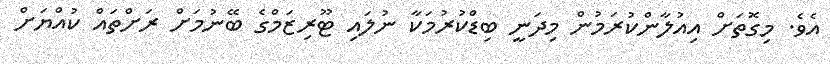
އެވެ. މިގޮތަށް އިއުލާންކުރަމުން މިދަނީ ބިޑްކުރުމަކާ ނުލައި ޓޫރިޒަމްގެ ބޭނުމަށް ރަށްތައް ކުއްޔަށް